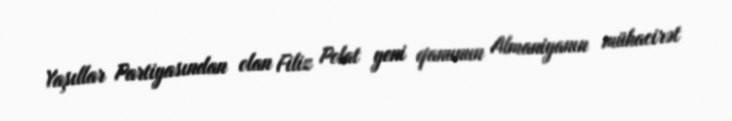
Yaşıllar Partiyasından olan Filiz Polat yeni qanunun Almaniyanın mühacirət